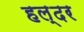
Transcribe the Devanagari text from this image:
हल्दर